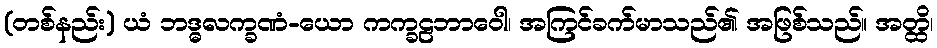
(တစ်နည်း) ယံ ဘဒ္ဓလက္ခဏံ-ယော ကက္ခဠဘာဝေါ၊ အကြင်ခက်မာသည်၏ အဖြစ်သည်။ အတ္ထိ၊